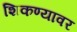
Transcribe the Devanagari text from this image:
शिकण्यावर